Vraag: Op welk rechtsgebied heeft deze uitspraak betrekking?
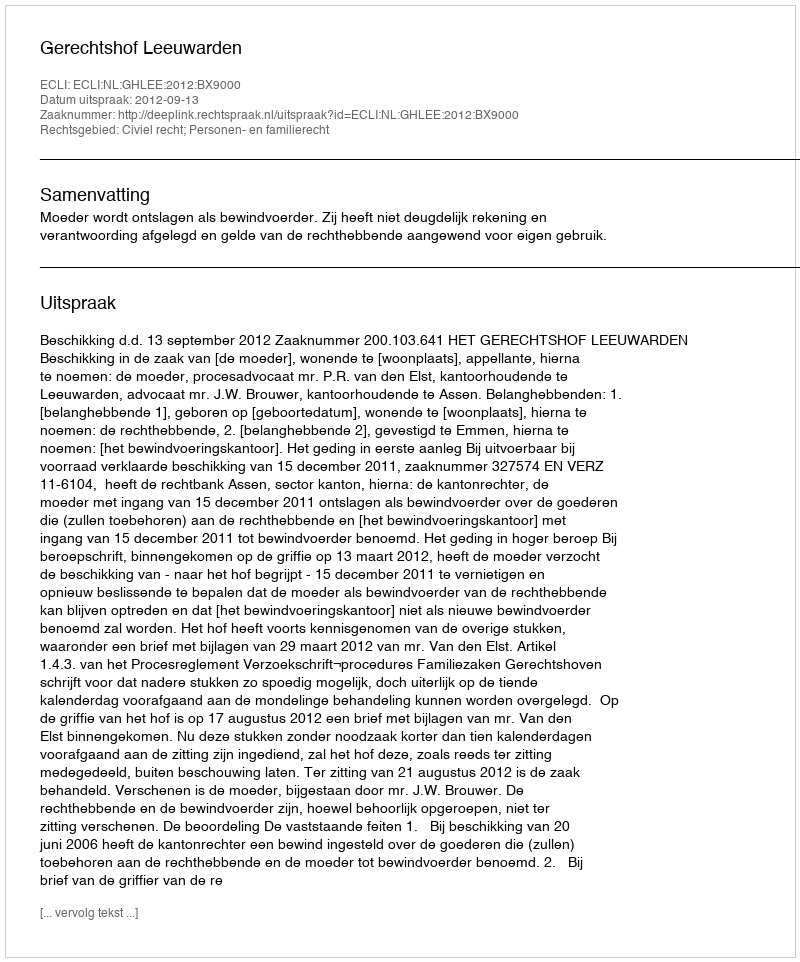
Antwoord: Civiel recht; Personen- en familierecht